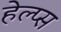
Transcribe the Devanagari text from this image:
हेल्प्स